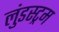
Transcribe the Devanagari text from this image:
लुंडस्ट्रम